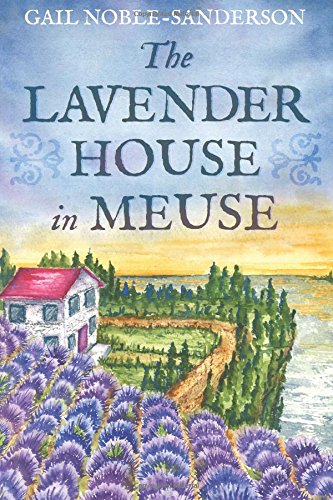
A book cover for The Lavender House in Meuse; Gail Noble-Sanderson; Literature & Fiction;